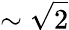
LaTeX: \sim\sqrt{2}